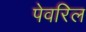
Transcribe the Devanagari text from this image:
पेवरिल